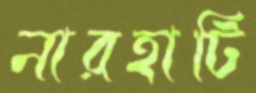
নারহাটি